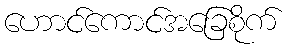
ဟောင်ကောင်အခြေစိုက်